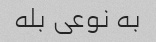
به نوعی بله